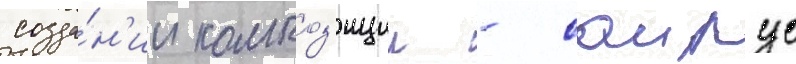
созда́н'ии композ'иции - саирус